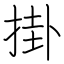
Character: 掛